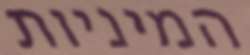
המיניות